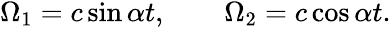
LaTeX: \begin{array}{r}{\Omega_{1}=c\sin\alpha t,\qquad\Omega_{2}=c\cos\alpha t.}\end{array}